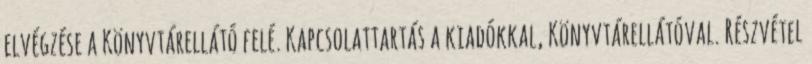
elvégzése a Könyvtárellátó felé. Kapcsolattartás a kiadókkal, Könyvtárellátóval. Részvétel